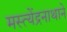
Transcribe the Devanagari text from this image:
मस्त्येंद्रनाथाने